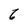
Character: 6